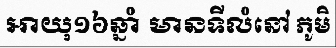
អាយុ១៦ឆ្នាំ មានទីលំនៅ ភូមិ